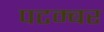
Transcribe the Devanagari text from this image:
पटम्‍बर